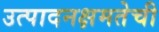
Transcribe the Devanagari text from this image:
उत्पादनक्षमतेची